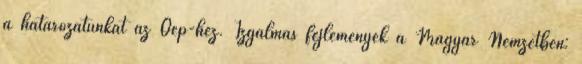
a határozatunkat az Oep-hez. Izgalmas fejlemények a Magyar Nemzetben: